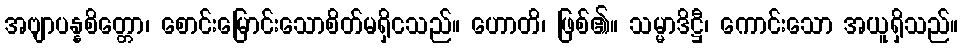
အဗျာပန္နစိတ္တော၊ စောင်းမြောင်းသောစိတ်မရှိငသည်။ ဟောတိ၊ ဖြစ်၏။ သမ္မာဒိဋ္ဌီ၊ ကောင်းသော အယူရှိသည်။